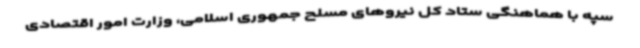
سپه با هماهنگی ستاد کل نیروهای مسلح جمهوری اسلامی، وزارت امور اقتصادی